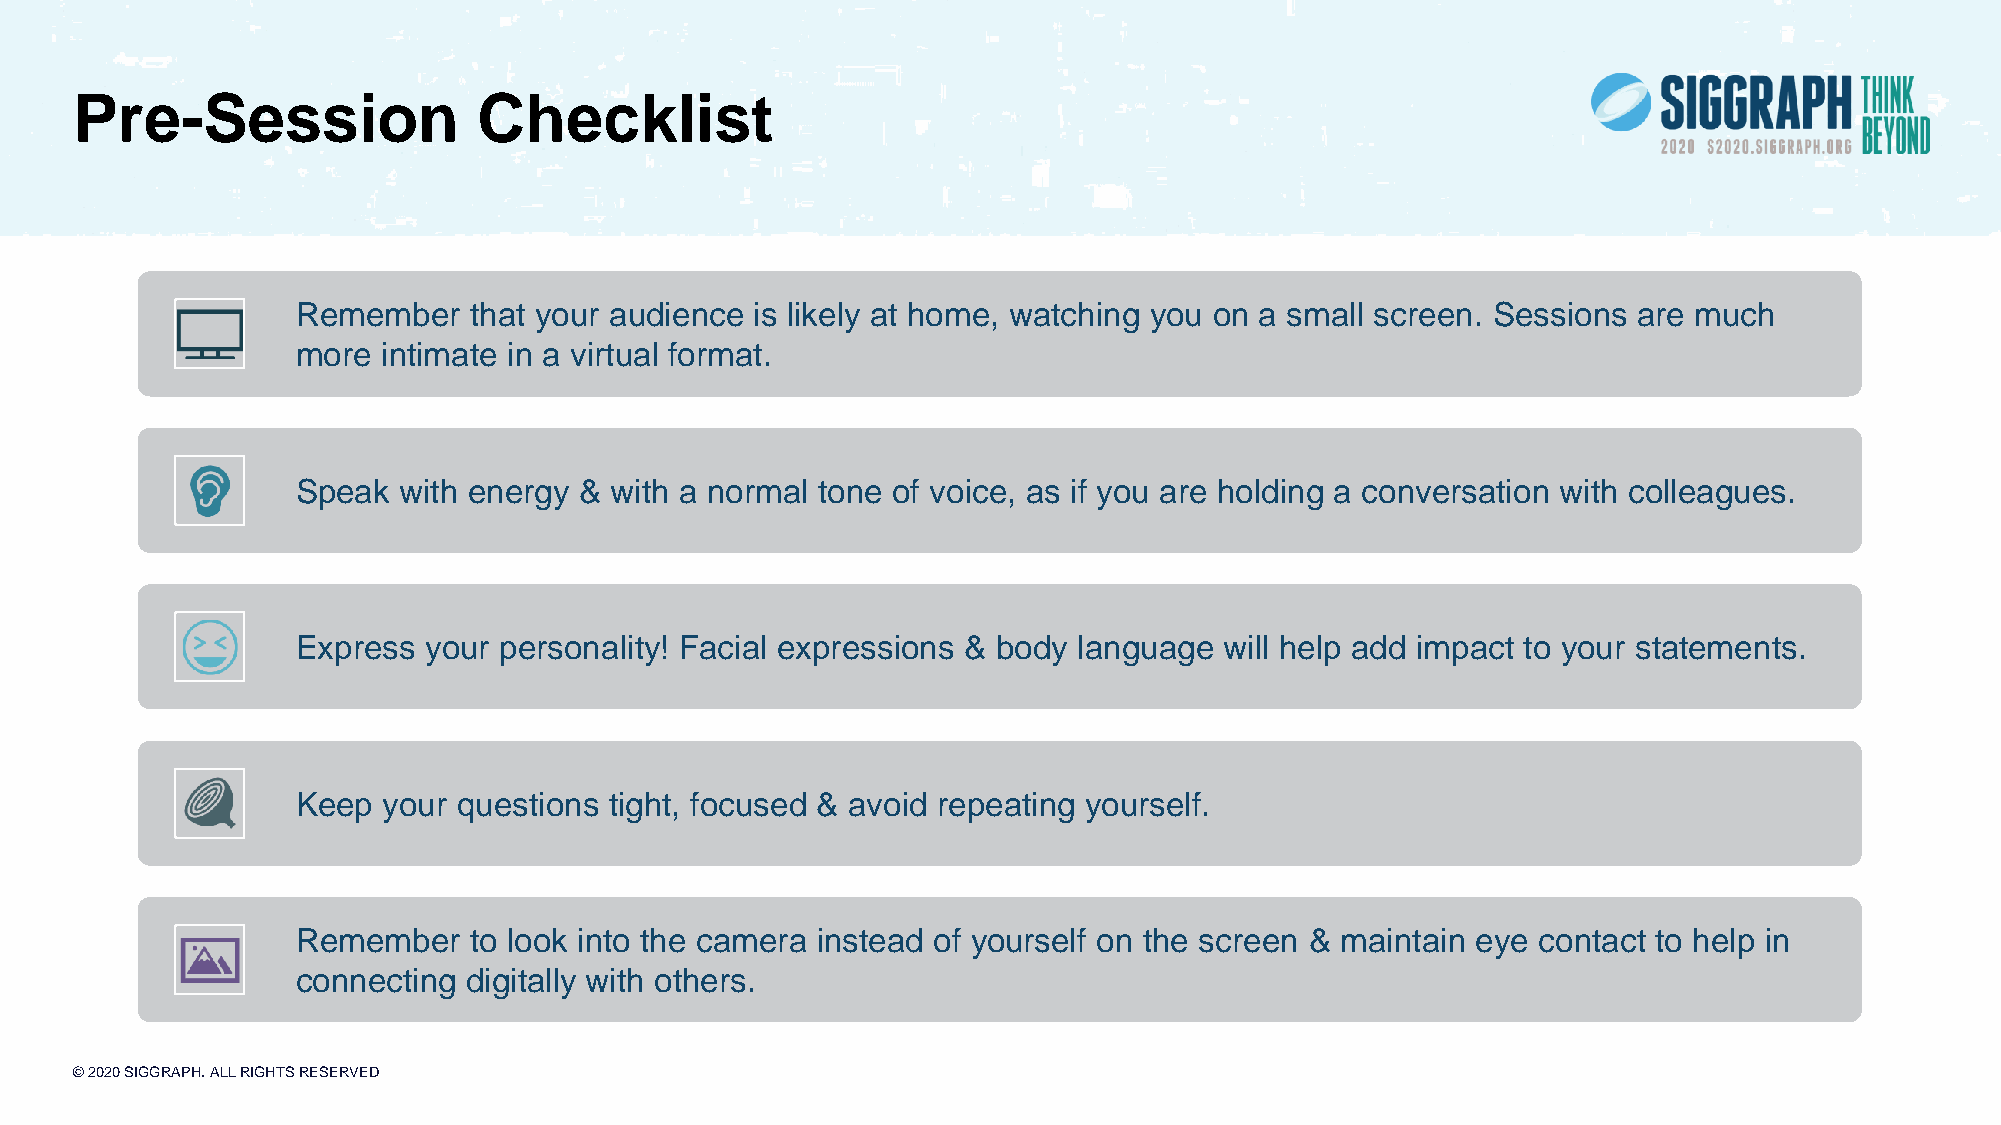
Pre-Session                Checklist
 Remember   that your audience is likely at home, watching you on a small screen. Sessions are much
 more intimate in a virtual format.
 Speak with energy & with a normal tone of voice, as if you are holding a conversation with colleagues.
 Express your personality! Facial expressions & body language will help add impact to your statements.
 Keep your questions tight, focused & avoid repeating yourself.
 Remember   to look into the camera instead of yourself on the screen & maintain eye contact to help in
 connecting digitally with others.
 © 2020 SIGGRAPH. ALL RIGHTS RESERVED